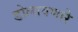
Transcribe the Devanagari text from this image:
डोलावणारे